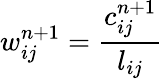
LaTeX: w_{ij}^{n+1}=\frac{c_{ij}^{n+1}}{l_{ij}}